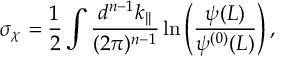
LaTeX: \sigma _ { \chi } = \frac { 1 } { 2 } \int \frac { d ^ { n - 1 } k _ { \| } } { ( 2 \pi ) ^ { n - 1 } } \ln \left( \frac { \psi ( L ) } { \psi ^ { ( 0 ) } ( L ) } \right) ,